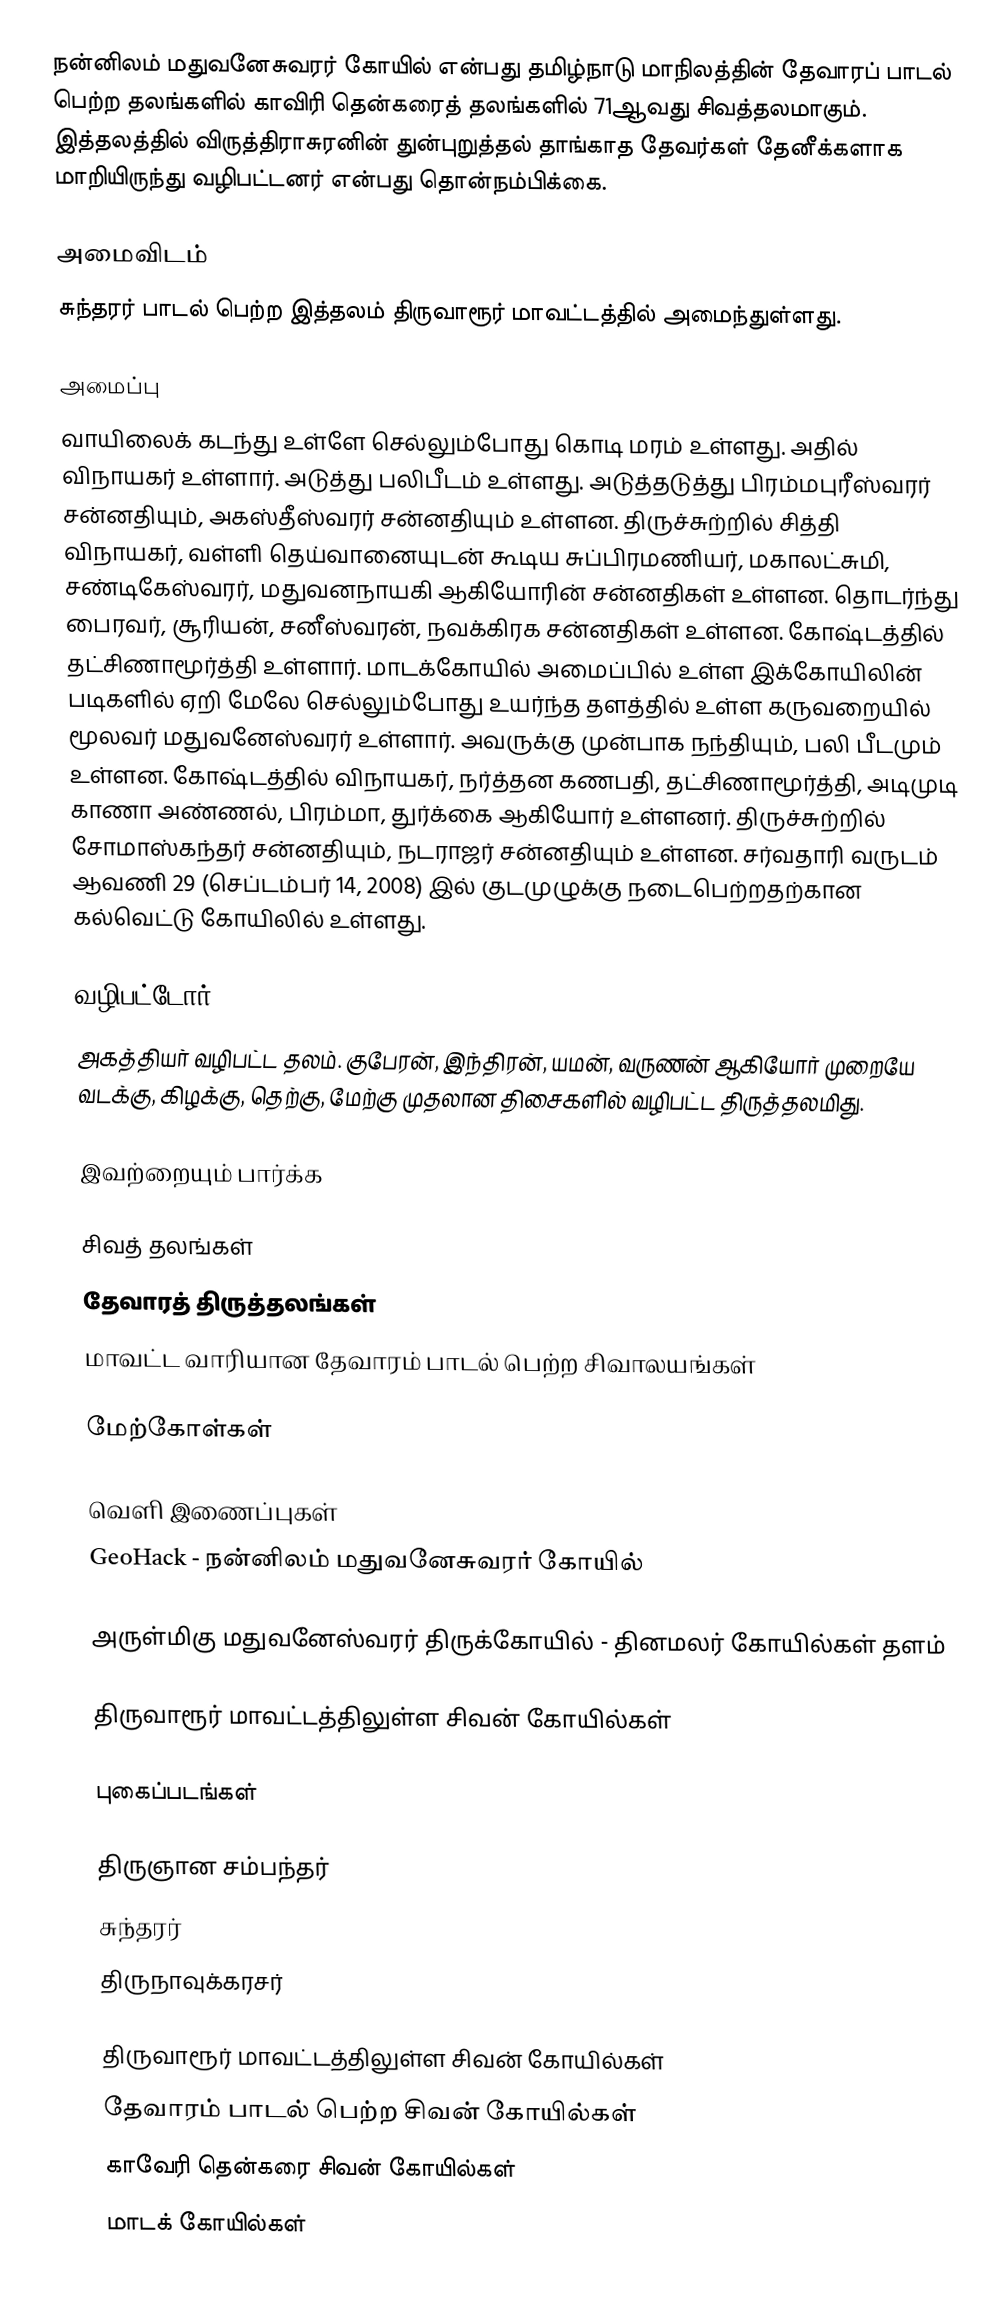
நன்னிலம் மதுவனேசுவரர் கோயில் என்பது தமிழ்நாடு மாநிலத்தின் தேவாரப் பாடல் பெற்ற தலங்களில் காவிரி தென்கரைத் தலங்களில்  71ஆவது சிவத்தலமாகும். இத்தலத்தில் விருத்திராசுரனின் துன்புறுத்தல் தாங்காத தேவர்கள் தேனீக்களாக மாறியிருந்து வழிபட்டனர் என்பது தொன்நம்பிக்கை.

அமைவிடம்
சுந்தரர் பாடல் பெற்ற இத்தலம் திருவாரூர் மாவட்டத்தில் அமைந்துள்ளது.

அமைப்பு
வாயிலைக் கடந்து உள்ளே செல்லும்போது கொடி மரம் உள்ளது. அதில் விநாயகர் உள்ளார். அடுத்து பலிபீடம் உள்ளது. அடுத்தடுத்து பிரம்மபுரீஸ்வரர் சன்னதியும், அகஸ்தீஸ்வரர் சன்னதியும் உள்ளன. திருச்சுற்றில் சித்தி விநாயகர், வள்ளி தெய்வானையுடன் கூடிய சுப்பிரமணியர், மகாலட்சுமி, சண்டிகேஸ்வரர், மதுவனநாயகி ஆகியோரின் சன்னதிகள் உள்ளன. தொடர்ந்து பைரவர், சூரியன், சனீஸ்வரன், நவக்கிரக சன்னதிகள் உள்ளன. கோஷ்டத்தில் தட்சிணாமூர்த்தி உள்ளார்.  மாடக்கோயில் அமைப்பில் உள்ள இக்கோயிலின் படிகளில் ஏறி மேலே செல்லும்போது உயர்ந்த தளத்தில் உள்ள கருவறையில் மூலவர் மதுவனேஸ்வரர் உள்ளார்.  அவருக்கு முன்பாக நந்தியும், பலி பீடமும் உள்ளன. கோஷ்டத்தில் விநாயகர், நர்த்தன கணபதி, தட்சிணாமூர்த்தி, அடிமுடி காணா அண்ணல், பிரம்மா, துர்க்கை ஆகியோர் உள்ளனர். திருச்சுற்றில் சோமாஸ்கந்தர் சன்னதியும், நடராஜர் சன்னதியும் உள்ளன. சர்வதாரி வருடம் ஆவணி 29 (செப்டம்பர் 14, 2008) இல் குடமுழுக்கு நடைபெற்றதற்கான கல்வெட்டு கோயிலில் உள்ளது.

வழிபட்டோர்
அகத்தியர் வழிபட்ட தலம். குபேரன், இந்திரன், யமன், வருணன் ஆகியோர் முறையே வடக்கு, கிழக்கு, தெற்கு, மேற்கு முதலான திசைகளில் வழிபட்ட திருத்தலமிது.

இவற்றையும் பார்க்க

 சிவத் தலங்கள்
 தேவாரத் திருத்தலங்கள்
 மாவட்ட வாரியான தேவாரம் பாடல் பெற்ற சிவாலயங்கள்

மேற்கோள்கள்

வெளி இணைப்புகள்
 GeoHack - நன்னிலம் மதுவனேசுவரர் கோயில்

அருள்மிகு மதுவனேஸ்வரர் திருக்கோயில் - தினமலர் கோயில்கள் தளம்

திருவாரூர் மாவட்டத்திலுள்ள சிவன் கோயில்கள்

புகைப்படங்கள்

 திருஞான சம்பந்தர்
 சுந்தரர்
 திருநாவுக்கரசர்

திருவாரூர் மாவட்டத்திலுள்ள சிவன் கோயில்கள்
தேவாரம் பாடல் பெற்ற சிவன் கோயில்கள்
காவேரி தென்கரை சிவன் கோயில்கள்
மாடக் கோயில்கள்